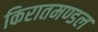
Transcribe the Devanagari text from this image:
किरातमण्डल